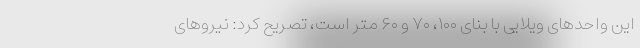
این واحد‌های ویلایی با بنای ۱۰۰، ۷۰ و ۶۰ متر است، تصریح کرد: نیروهای